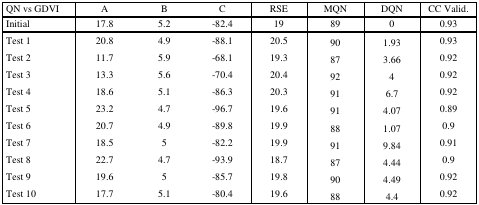
<table><thead><tr><td><b>QN vs GDVI</b></td><td><b>A</b></td><td><b>B</b></td><td><b>C</b></td><td><b>RSE</b></td><td><b>MQN</b></td><td><b>DQN</b></td><td><b>CC Valid.</b></td></tr><tr><td><b>Initial</b></td><td><b>17.8</b></td><td><b>5.2</b></td><td><b>-82.4</b></td><td><b>19</b></td><td><b>89</b></td><td><b>0</b></td><td><b>0.93</b></td></tr></thead><tbody><tr><td>Test 1</td><td>20.8</td><td>4.9</td><td>-88.1</td><td>20.5</td><td>90</td><td>1.93</td><td>0.93</td></tr><tr><td>Test 2</td><td>11.7</td><td>5.9</td><td>-68.1</td><td>19.3</td><td>87</td><td>3.66</td><td>0.92</td></tr><tr><td>Test 3</td><td>13.3</td><td>5.6</td><td>-70.4</td><td>20.4</td><td>92</td><td>4</td><td>0.92</td></tr><tr><td>Test 4</td><td>18.6</td><td>5.1</td><td>-86.3</td><td>20.3</td><td>91</td><td>6.7</td><td>0.92</td></tr><tr><td>Test 5</td><td>23.2</td><td>4.7</td><td>-96.7</td><td>19.6</td><td>91</td><td>4.07</td><td>0.89</td></tr><tr><td>Test 6</td><td>20.7</td><td>4.9</td><td>-89.8</td><td>19.9</td><td>88</td><td>1.07</td><td>0.9</td></tr><tr><td>Test 7</td><td>18.5</td><td>5</td><td>-82.2</td><td>19.9</td><td>91</td><td>9.84</td><td>0.91</td></tr><tr><td>Test 8</td><td>22.7</td><td>4.7</td><td>-93.9</td><td>18.7</td><td>87</td><td>4.44</td><td>0.9</td></tr><tr><td>Test 9</td><td>19.6</td><td>5</td><td>-85.7</td><td>19.8</td><td>90</td><td>4.49</td><td>0.92</td></tr><tr><td>Test 10</td><td>17.7</td><td>5.1</td><td>-80.4</td><td>19.6</td><td>88</td><td>4.4</td><td>0.92</td></tr></tbody></table>